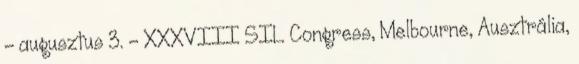
- augusztus 3. - XXXVIII SIL Congress, Melbourne, Ausztrália,